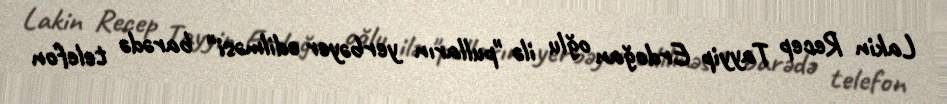
Lakin Recep Tayyip Erdoğan oğlu ilə "pulların yerbəyer edilməsi" barədə telefon